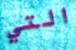
التي